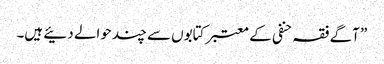
” آگے فقہ حنفی کے معتبر کتابوں سے چند حوالے دئیے ہیں۔